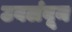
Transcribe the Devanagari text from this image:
उवलंबून